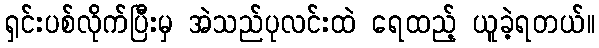
ရှင်းပစ်လိုက်ပြီးမှ အဲသည်ပုလင်းထဲ ရေထည့် ယူခဲ့ရတယ်။